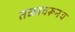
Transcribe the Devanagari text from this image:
तळावरूनच